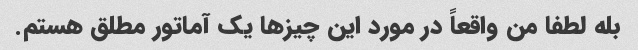
بله لطفا من واقعاً در مورد این چیزها یک آماتور مطلق هستم.